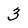
Character: 3